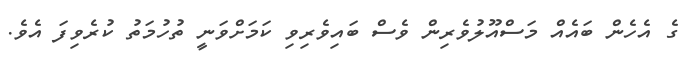
ގެ އެހެން ބައެއް މަސްއޫލުވެރިން ވެސް ބައިވެރިވި ކަމަށްވަނީ ތުހުމަތު ކުރެވިފަ އެވެ.